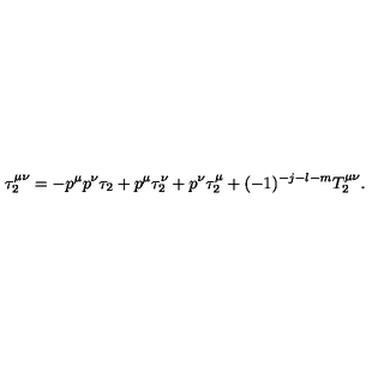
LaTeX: \tau _ { 2 } ^ { \mu \nu } = - p ^ { \mu } p ^ { \nu } \tau _ { 2 } + p ^ { \mu } \tau _ { 2 } ^ { \nu } + p ^ { \nu } \tau _ { 2 } ^ { \mu } + ( - 1 ) ^ { - j - l - m } T _ { 2 } ^ { \mu \nu } .